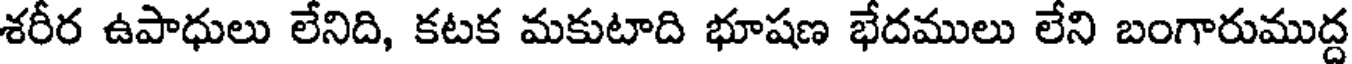
శరీర ఉపాధులు లేనిది, కటక మకుటాది భూషణ భేదములు లేని బంగారుముద్ద